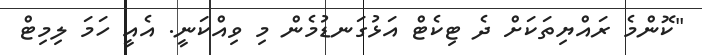
"ކޮންމެ ރައްޔިތަކަށް ދެ ޓިކެޓް އަޅުގަނޑުމެން މި ވިއްކަނީ. އެއީ ހަމަ ލިމިޓް